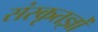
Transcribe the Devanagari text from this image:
संस्कृतज्ञों